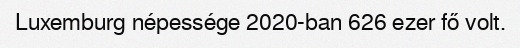
Luxemburg népessége 2020-ban 626 ezer fő volt.